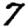
Digit: 7